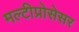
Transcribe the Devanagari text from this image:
मल्टीप्रोसेसर